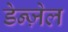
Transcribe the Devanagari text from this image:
डेन्ज़ेल